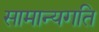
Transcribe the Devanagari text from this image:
सामान्यगति